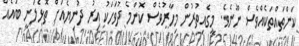
ކަންތައްތަކެއްވެސް ނޫނެވެ. މީގެއިތުރުން މިހާރުވެސް ކޮންމެ ދުވަހަކު އިރު ދުނިޔެއަށް ތޮޅެލަނީ ބައެއް